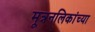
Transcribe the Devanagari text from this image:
मूत्रनलिकांच्या